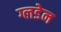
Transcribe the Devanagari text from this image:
ग्लडेन